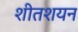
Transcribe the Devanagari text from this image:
शीतशयन